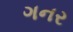
ગનર